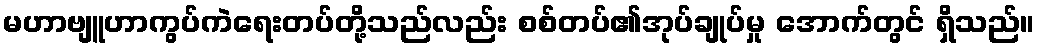
မဟာဗျူဟာကွပ်ကဲရေးတပ်တို့သည်လည်း စစ်တပ်၏အုပ်ချုပ်မှု အောက်တွင် ရှိသည်။